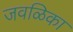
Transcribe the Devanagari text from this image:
जवळिका